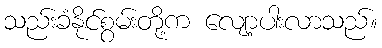
သည်းခံနိုင်စွမ်းတို့က လျော့ပါးလာသည်။